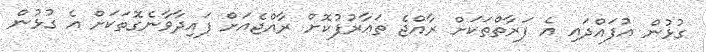
ގުޅުން އުފައްދައި އެ ފަރާތްތަކަށް ރާއްޖެ ތަޢާރުފުކޮށް ރާއްޖެއަށް ފައިދާވާނެގޮތަކަށް އެ ގުޅުން